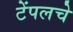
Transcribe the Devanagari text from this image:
टेंपलचे